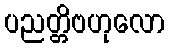
ပညတ္တိဗဟုလော